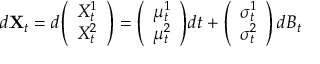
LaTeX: d \mathbf { X } _ { t } = d { \left( \begin{array} { l } { X _ { t } ^ { 1 } } \\ { X _ { t } ^ { 2 } } \end{array} \right) } = { \left( \begin{array} { l } { \mu _ { t } ^ { 1 } } \\ { \mu _ { t } ^ { 2 } } \end{array} \right) } d t + { \left( \begin{array} { l } { \sigma _ { t } ^ { 1 } } \\ { \sigma _ { t } ^ { 2 } } \end{array} \right) } \, d B _ { t }